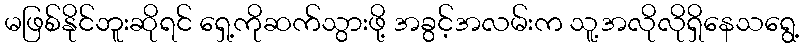
မဖြစ်နိုင်ဘူးဆိုရင် ရှေ့ကိုဆက်သွားဖို့ အခွင့်အလမ်းက သူ့အလိုလိုရှိနေသရွေ့